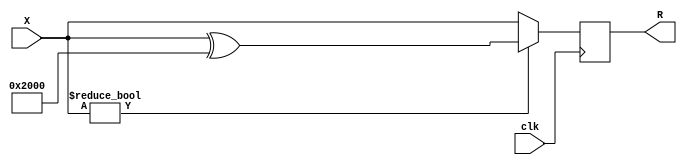
`timescale 1ns/1ps
module fneg
    #(parameter
        ID=1,
        WIDTH=16
    )(
    input wire clk,
    input wire[WIDTH-1:0] X,
    output reg[WIDTH-1:0] R
);
    always @(posedge clk) begin
        if (X != 0) begin
            R <= X ^ (1 << (WIDTH-3));
        end else begin
            R <= X;
        end
    end
endmodule